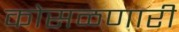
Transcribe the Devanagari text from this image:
कोसळणारी